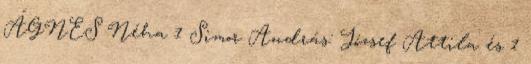
ÁGNES Néha 1 Simor András: József Attila és 1